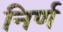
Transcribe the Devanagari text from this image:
निर्ण